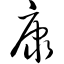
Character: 康